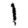
Digit: 1